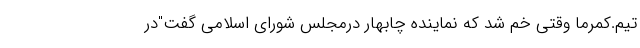
تیم.کمرما وقتی خم شد که نماینده چابهار درمجلس شورای اسلامی گفت"در